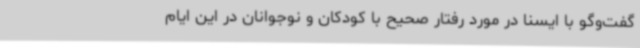
گفت‌وگو با ایسنا در مورد رفتار صحیح با کودکان و نوجوانان در این ایام